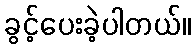
ခွင့်ပေးခဲ့ပါတယ်။